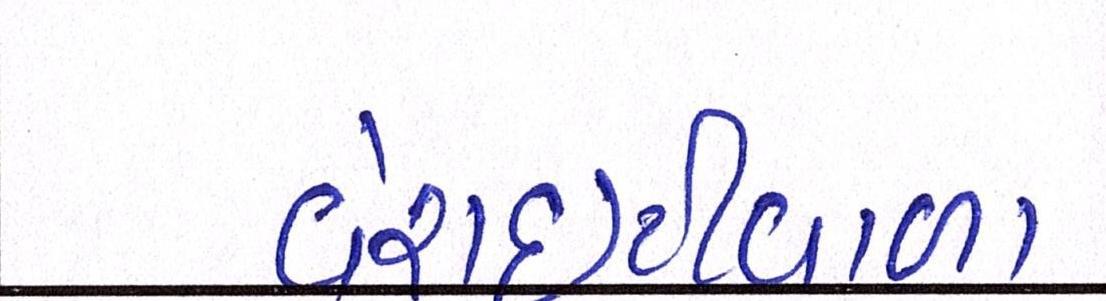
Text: વેરાઇટીવાળા